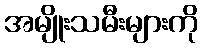
အမျိုးသမီးများကို